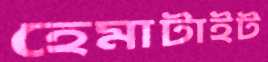
হেমাটাইট